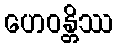
ဟေဝန္တိဿ